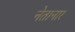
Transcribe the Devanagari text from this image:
नेतानार